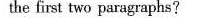
the first two paragaphs ?